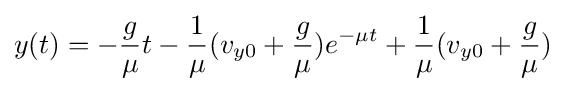
y(t)=-{\frac {g}{\mu }}t-{\frac {1}{\mu }}(v_{y0}+{\frac {g}{\mu }})e^{-\mu t}+{\frac {1}{\mu }}(v_{y0}+{\frac {g}{\mu }})